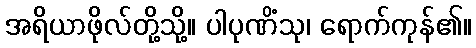
အရိယာဖိုလ်တို့သို့။ ပါပုဏိံသု၊ ရောက်ကုန်၏။